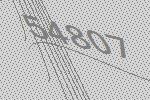
54807